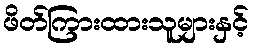
ဖိတ်ကြားထားသူများနှင့်